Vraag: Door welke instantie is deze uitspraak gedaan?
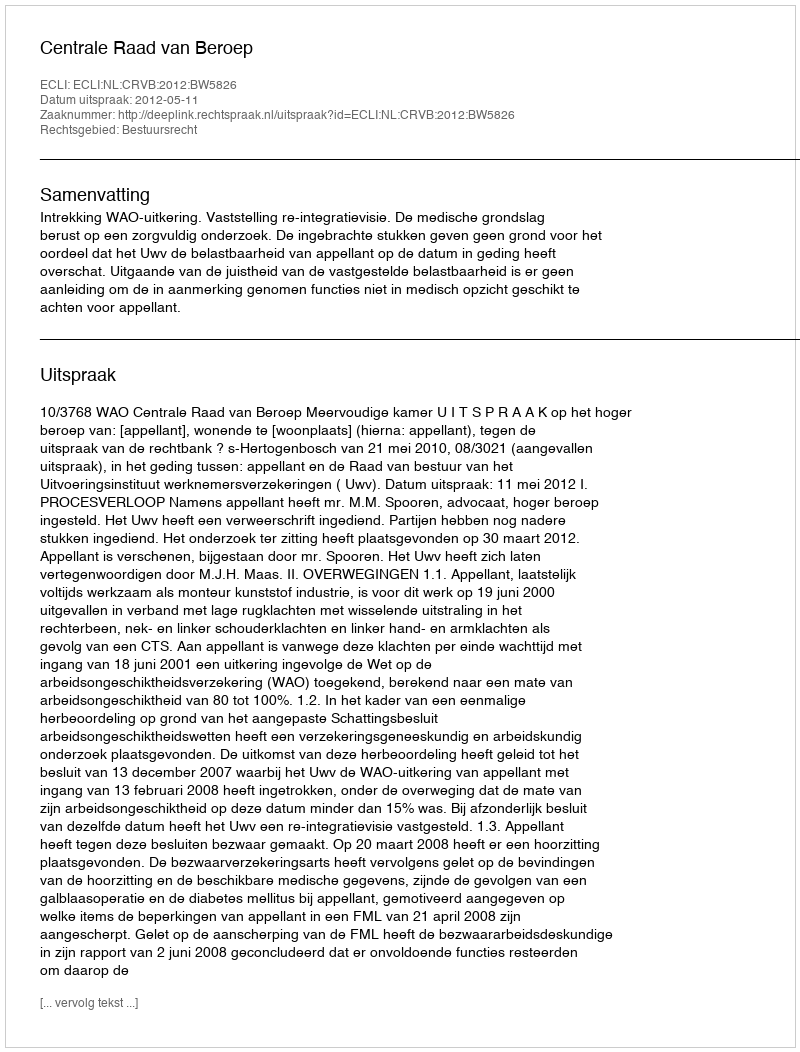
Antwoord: Centrale Raad van Beroep